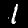
Label: 1